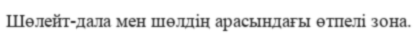
Шөлейт-дала мен шөлдің арасындағы өтпелі зона.